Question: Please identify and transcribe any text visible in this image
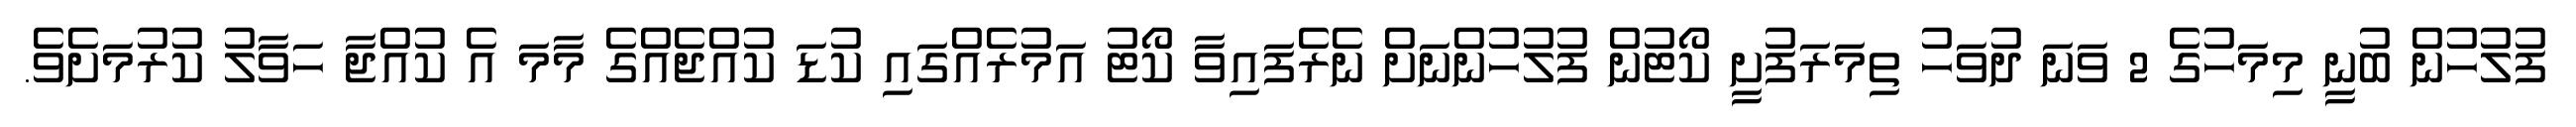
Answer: ފުލުހުން ބުނީ މިމަހުގެ 2 ވަނަ ދުވަހު ތިމަރަފުށީ ކޯޓުން ފުލުހުންނަށް ނެރެފައިވާ ކޯޓު އަމުރެއްގައި ކުޑަ ކުއްޖެއްގެ މާމަ އެ ކުއްޖާ ހަވާލު ކުރުމަށެވެ.